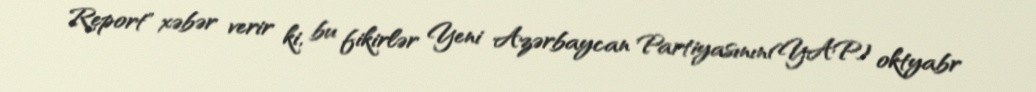
Report" xəbər verir ki, bu fikirlər Yeni Azərbaycan Partiyasının(YAP) oktyabr